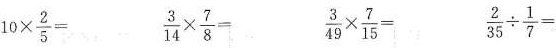
$$1 0 \times \frac { 2 } { 5 } =$$ $$\frac { 3 } { 1 4 } \times \frac { 7 } { 8 } =$$ $$\frac { 3 } { 4 9 } \times \frac { 7 } { 1 5 } =$$ $$\frac { 2 } { 3 5 } \div \frac { 1 } { 7 } =$$